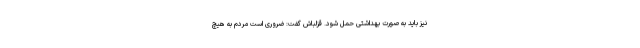
نیز باید به صورت بهداشتی حمل شود. قزلباش گفت: ضروری است مردم به هیچ